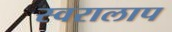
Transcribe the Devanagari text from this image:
स्वरालाप